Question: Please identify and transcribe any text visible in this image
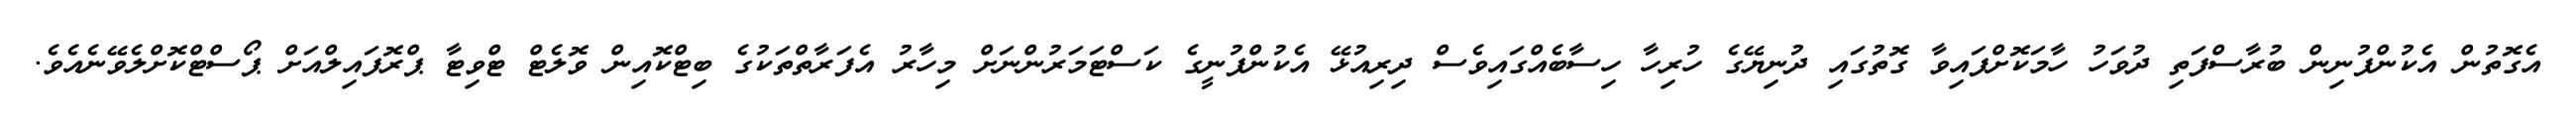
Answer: އެގޮތުން އެކުންފުނިން ބުރާސްފަތި ދުވަހު ހާމަކޮށްފައިވާ ގޮތުގައި ދުނިޔޭގެ ހުރިހާ ހިސާބެއްގައިވެސް ދިރިއުޅޭ އެކުންފުނީގެ ކަސްޓަމަރުންނަށް މިހާރު އެފަރާތްތަކުގެ ބިޓްކޮއިން ވޮލެޓް ޓްވިޓާ ޕްރޮފައިލްއަށް ޕޯސްޓްކޮށްލެވޭނެއެވެ.